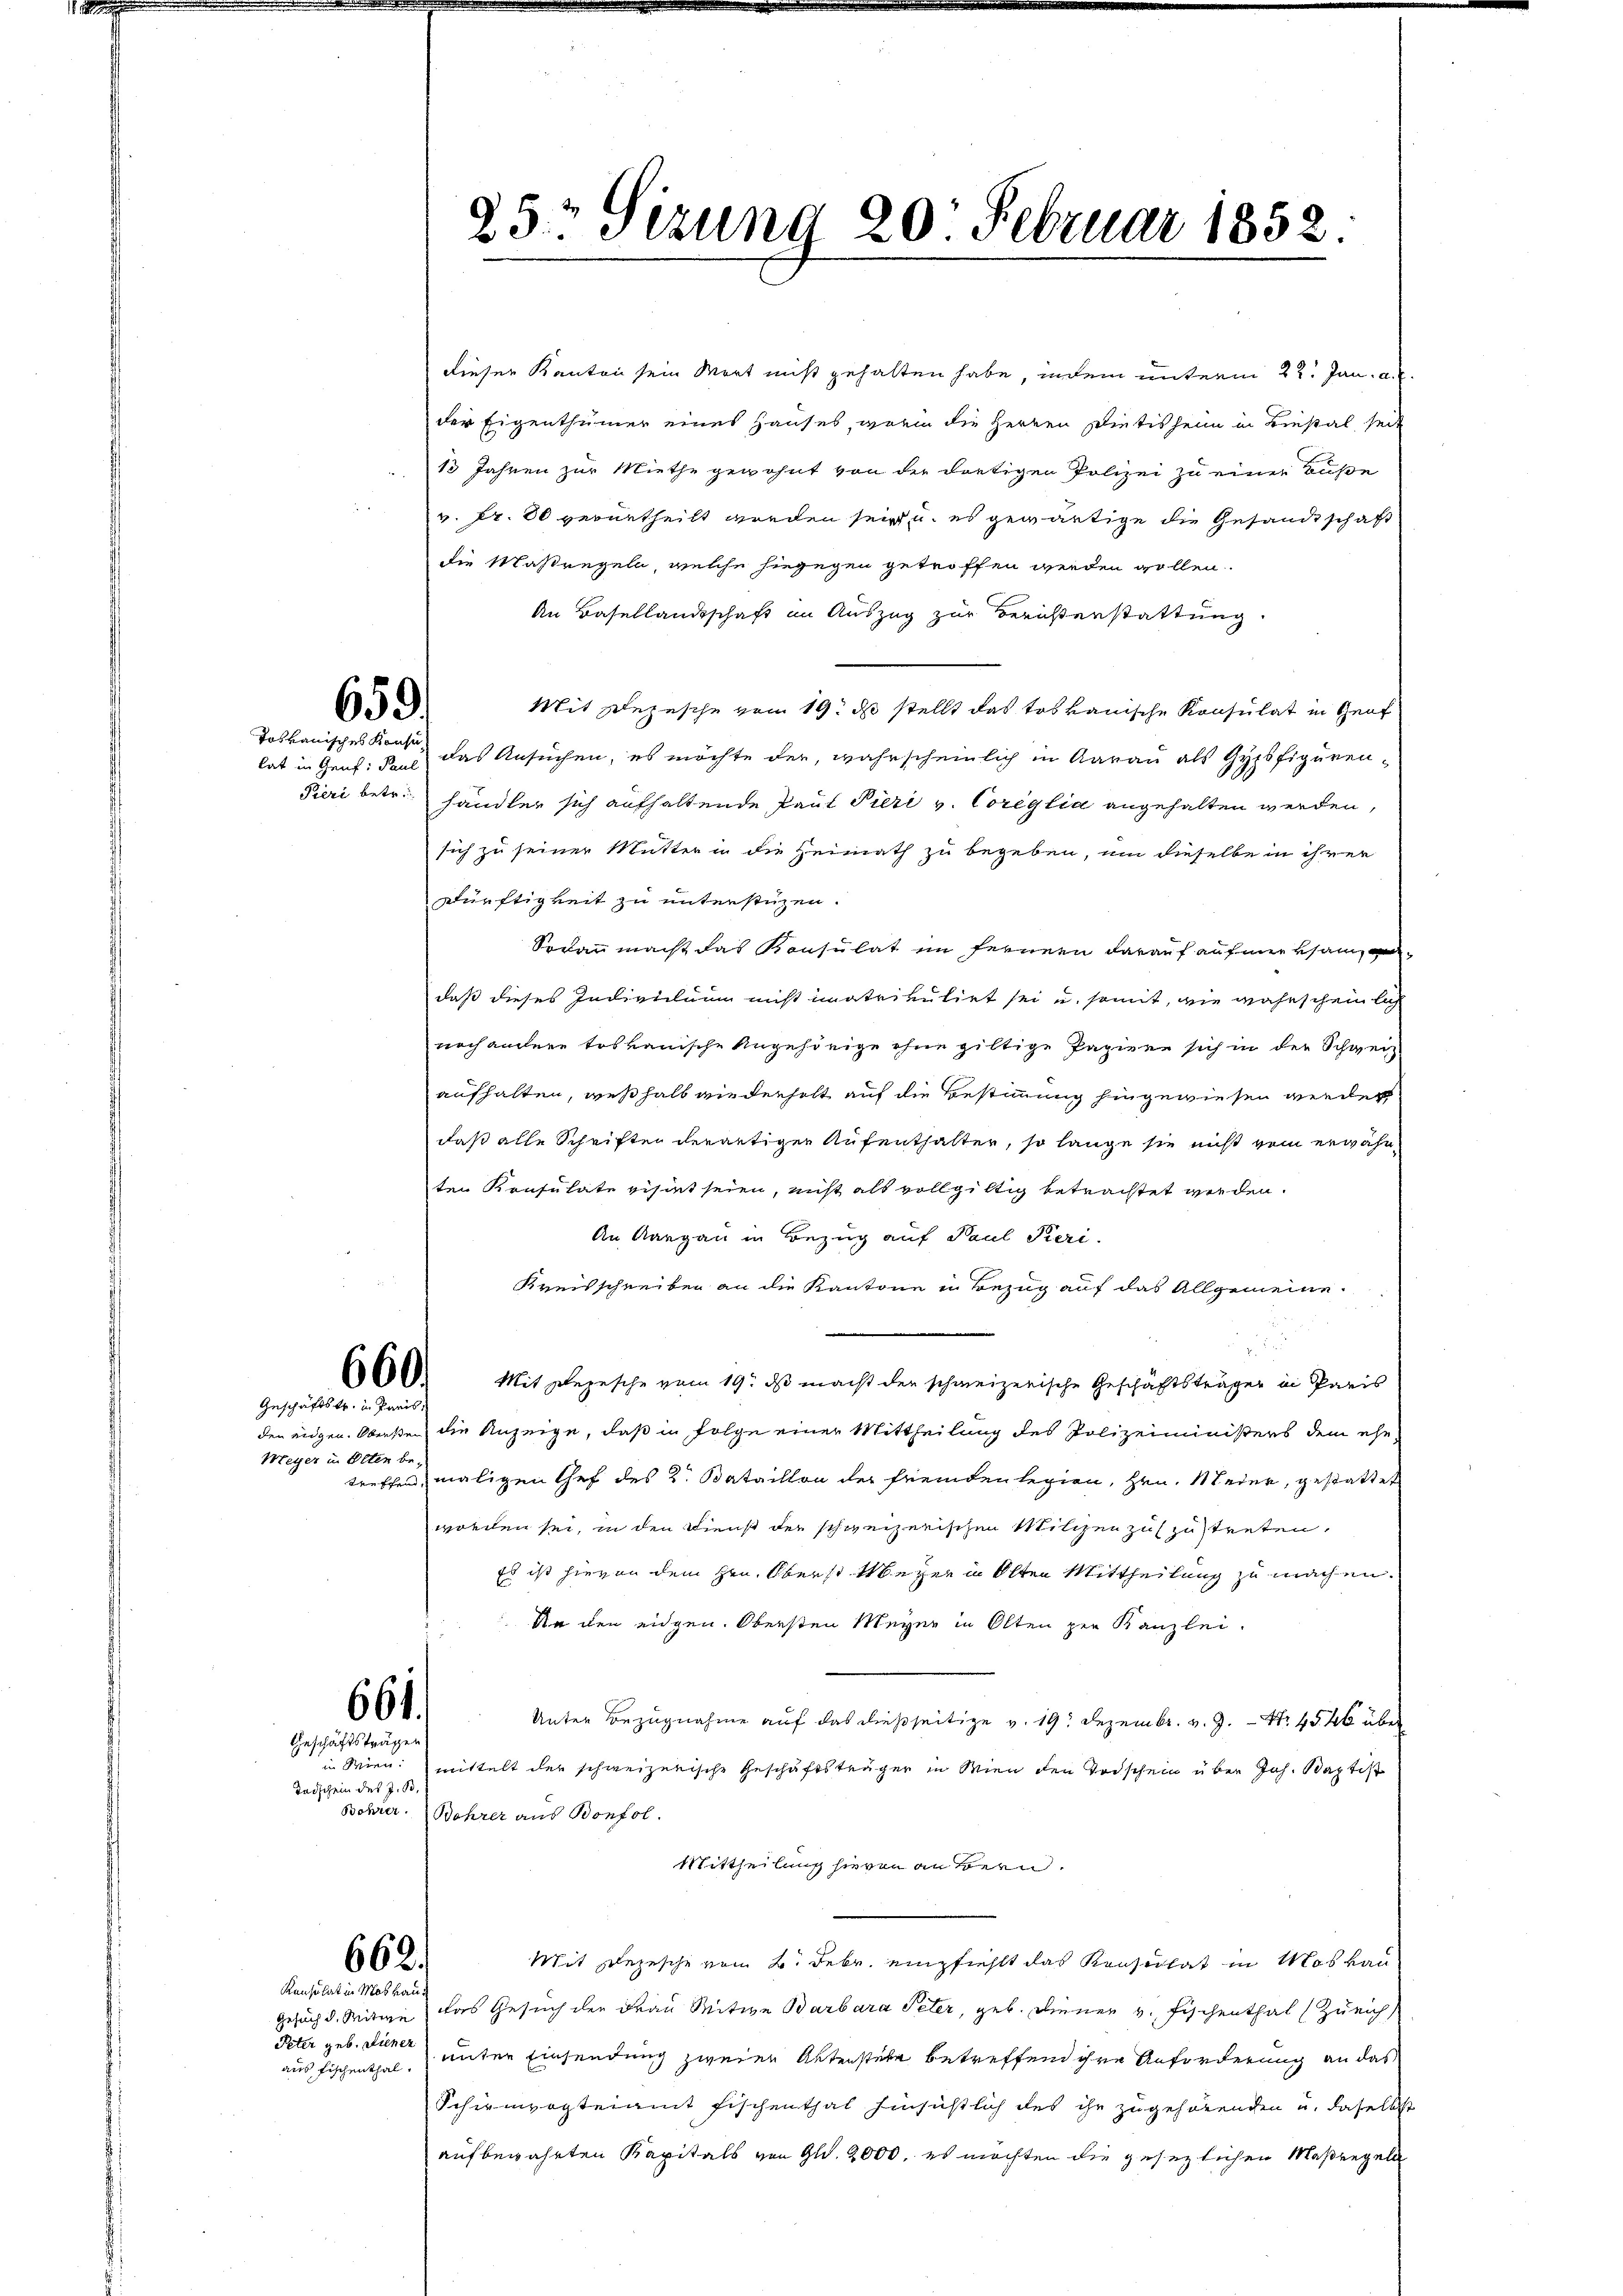
659.
Toskanisches Konsu

Pieri betr.

Geschäftstr. in Paris,
Meyer in Olten be¬

Peter geb. Diener

Geschäftsträger
Todschein des J. B.

dieser Kanton sein Wort nicht gehalten habe, indem unterm 22. Jan. a.
der Eigenthümer eines Hauses, worin die Herren Dietisheim in Liestal, seit
13 Jahren zur Miethe gewohnt von der dortigen Polizei zu einer Buße
v. Fr. 80 verurtheilt werden sein u. es gewärtige die Gesandtschaft
die Maßregeln, welche hingegen getroffen werden wollen.
An Basellandschaft im Auszug zur Berichterstattung
Mit Depesche vom 19. ds stellt das tot vauische Konsulat in Zeit
lat in Genf: Paul das Ansuchen, es möchte der, wahrscheinlich in Aarau als Gypsfigurenhändler sich aufhaltende Paul Pieri v. Coreglia angehalten werden,
sich zu seiner Mutter in die Heimath zu begeben, um dieselbe in ihrer
Dürftigkeit zu unterstüzen.
Sodann macht das Konsulat im fernern darauf aufmerksam andaß dieses Indiecilium nicht matrikulirt sei und somit, wie wahrscheinlich
noch andere toskauische Angehörige ohne giltige Papiere sich in der Schweiz
aufhalten, weßhalb wiederholt auf die Bestimmung hingewiesen werden
daß alle Schriften derartiger Aufenthalter, so lange sie nicht vom erwähnten Konsulate visirt seien, nicht als vollgültig betrachtet werden.
An Aargau in Bezug auf Paul Peri.
Kreisschreiben an die Kantone in Bezug auf das Allgemeine.
660. Mit Depesche vom 19. ds macht der schweizerische Geschäftsträger in Paris
den eidgen. Obersten die Anzeige, daß in Folge einer Mittheilung des Polizeiministers dem ehe-
treffen, maligen Gef des K. Bataillon der fremden legien, Hrn. Meder, gestattet
worden sei, in den Dienst der schweizerischen Milchen zuzustreten,
Es ist hievon dem Hrn. Oberst Meyer in Olten Mittheilung zu machen.
An den eidgen. Obersten Meyer in Olten per Kanzlei-
661.
Unter Bezugnahme auf das dießseitige v. 19. Dezembr. v. J. - No. 4546 über
in Wien mittelt der schweizerische Geschäftsträger in Wien den Todschein über Joh. Baptist
Bohrer. Bohrer aus Bonfol
Mittheilung hievon an Bern.
Mit Depesche vom 2. Febr. empfiehlt das Konsidlat in Mas von
662.
Gesuch d. Mitwe das Gesuch der Frau Mitwe Barbara Peter, geb. Diener v. Fischenthal (Zürich
unter Einsendung zweier Aktenstehe betreffend ihre Anforderung an das
Schirmvogteiamt Fischenthal hinsichtlich des ihr zugehörenden u. daselbst
aufbewahrten Kapitals von Gld. 2000. es möchten die gesezlichen Maßregeln

Konsulat in Moskau

aus Fischenthal.

25: Sizung 20. Februar 1852.